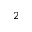
2